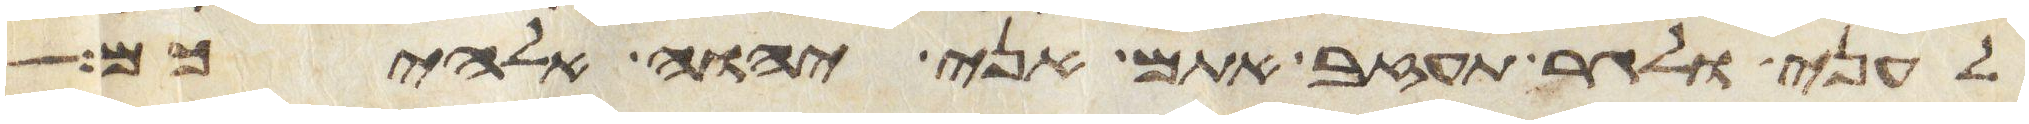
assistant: לעני ולגר תעזב אתם אני יהוה אלהיכם